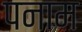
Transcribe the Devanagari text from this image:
पनाम